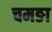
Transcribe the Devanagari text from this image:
चमङा